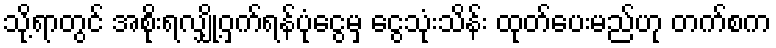
သို့ရာတွင် အစိုးရလျှို့ဝှက်ရန်ပုံငွေမှ ငွေသုံးသိန်း ထုတ်ပေးမည်ဟု တက်စက